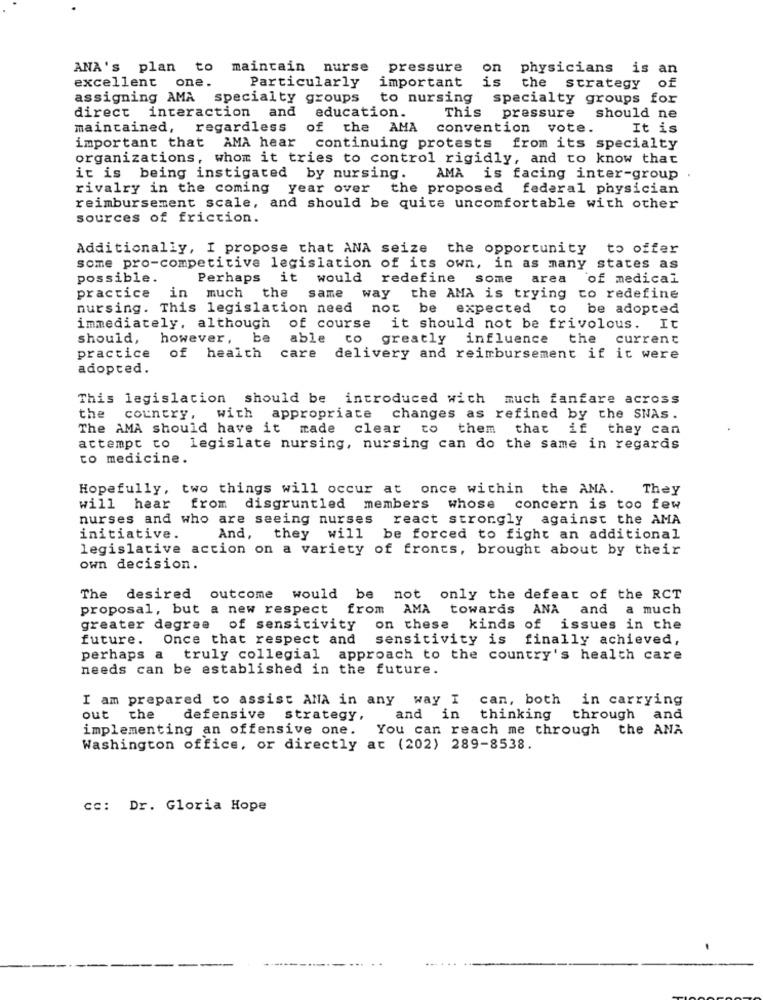
ANA's plan to
maintain nurse
pressure
on
physicians is an
important
is
the
of
excellent one.
Particularly
strategy
assigning AMA specialty groups
to nursing
specialty groups for
direct interaction and education.
This pressure
should ne
maintained, regardless of the AMA convention vote.
It is
important that AMA hear continuing protests
from its specialty
organizations, whom it tries to control rigidly, and to know that
it is being instigated by nursing.
AMA is facing inter-group
rivalry in the coming year over the proposed federal physician
reimbursement scale, and should be quite uncomfortable with other
sources of friction.
Additionally, I propose that ANA seize the opportunity to offer
some pro-competitive legislation of its own, in as many states as
possible.
Perhaps it would redefine some area
of medical
in much the
practice
same way
the AMA is trying to redefine
nursing. This legislation need not be expected to be adopted
immediately, although of course it should not be frivolous. It
should, however, be
able to greatly influence
the current
practice
of health
care delivery and reimbursement if it were
adopted.
This legislation should be introduced wich much fanfare across
the
country,
with appropriate
changes as refined by the SNAs.
The AMA should have it made clear
to them that
if they can
attempt to legislate nursing, nursing can do the same in regards
to medicine.
Hopefully, two things will occur at once within the AMA.
They
will hear
from disgruntled members
whose
concern is too few
nurses and who are seeing nurses
react strongly against the AMA
initiative.
And, they will be forced to fight an additional
legislative action on a variety of fronts, brought about by their
own decision.
The desired outcome would be not only the defeat of the RCT
proposal, but a new respect from AMA towards ANA
and a much
greater degree of sensitivity on these kinds of issues in the
future. Once that respect and
sensitivity is finally achieved,
perhaps a truly collegial approach to the country's health care
needs can be established in the future.
I am prepared to assist ANA in any way I
can, both
in carrying
out
the
defensive strategy,
and in
thinking
through and
implementing an offensive one.
You can reach me through the ANA
Washington office, or directly at (202) 289-8538.
cc: Dr. Gloria Hope